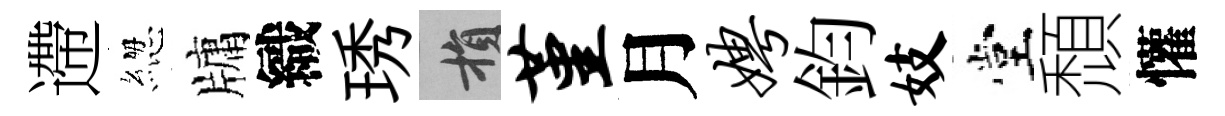
遰緫牗織琇損堇月娉鈞妓堂頹懽